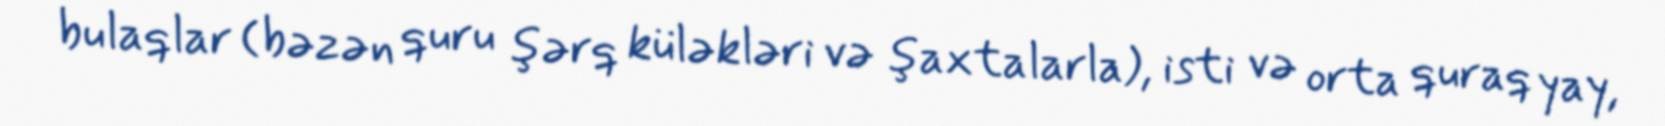
bulaqlar (bəzən quru şərq küləkləri və şaxtalarla), isti və orta quraq yay,